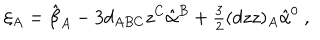
LaTeX: \xi _ { A } = \hat { \beta } _ { A } - 3 d _ { A B C } z ^ { C } \hat { \alpha } ^ { B } + { \textstyle \frac { 3 } { 2 } } ( d z z ) _ { A } \hat { \alpha } ^ { 0 } \ ,